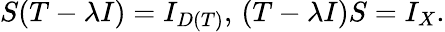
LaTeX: S(T-\lambda I)=I_{D(T)},\, (T-\lambda I)S=I_{X}.